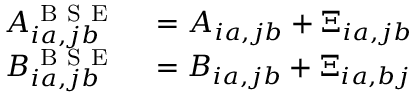
\begin{array} { r l } { A _ { i a , j b } ^ { \mathrm { ~ B ~ S ~ E ~ } } } & { { } = A _ { i a , j b } + \Xi _ { i a , j b } } \\ { B _ { i a , j b } ^ { \mathrm { ~ B ~ S ~ E ~ } } } & { { } = B _ { i a , j b } + \Xi _ { i a , b j } } \end{array}